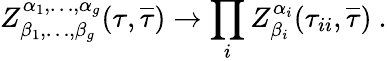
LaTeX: Z_{\beta_{1},\dots,\beta_{g}}^{\alpha_{1},\dots,\alpha_{g}}(\tau,{\overline{{{\tau}}}})\rightarrow\prod_{i}Z_{\beta_{i}}^{\alpha_{i}}(\tau_{ii},{\overline{{{\tau}}}})~.